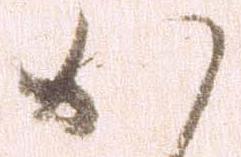
か